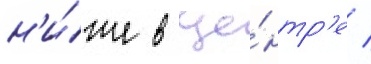
н'и́же в це́нтр'е /